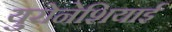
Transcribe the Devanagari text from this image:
युरोनेशियाई